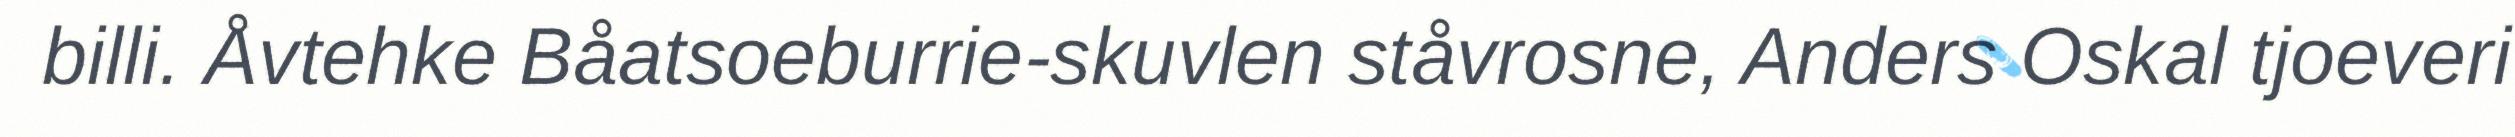
billi. Åvtehke Båatsoeburrie-skuvlen ståvrosne, Anders Oskal tjoeveri